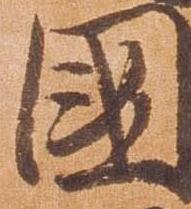
国